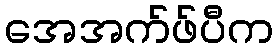
အေအက်ဖ်ပီက